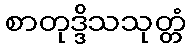
စာတုဒ္ဒိသသုတ္တံ